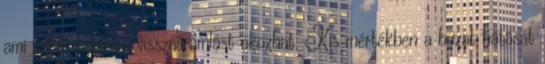
ami szén-monoxid visszaáramlást okozhat. Kis mértékben a huzat hatását